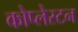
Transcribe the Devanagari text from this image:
कोप्लेस्टन